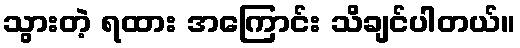
သွားတဲ့ ရထား အကြောင်း သိချင်ပါတယ်။